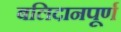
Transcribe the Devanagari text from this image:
बलिदानपूर्ण